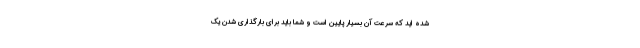
شده اید که سرعت آن بسیار پایین است و شما باید برای بارگذاری شدن یک